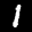
Label: 1